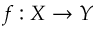
f : X \to Y